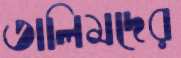
তালিমদের